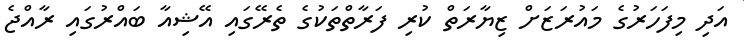
އަދި މިފަހަރުގެ މައުރަޒަށް ޒިޔާރަތް ކުރި ފަރާތްތަކުގެ ތެރޭގައި އޭޝިއާ ބައްރުގައި ރާއްޖެ